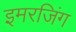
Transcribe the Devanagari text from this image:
इमरजिंग